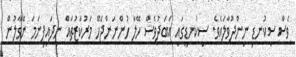
ވެސް ސިކުނޑި ނިންދުވާލައެވެ. ސިކުނޑީގައި އަބަދުވެސް ހޭލާ ހުންނަންޖެހޭ މަރުކަޒުތައް ނިދައިފިނަމަ ނޭވާލުން